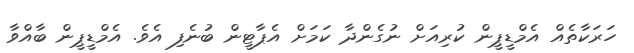
ހަރަކާތެއް އެމްޑީޕީން ކުރިއަށް ނުގެންދާ ކަމަށް އެޕާޓީން ބުނެފި އެވެ. އެމްޑީޕީން ބާއްވާ